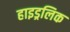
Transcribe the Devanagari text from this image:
हाइड्रलिक